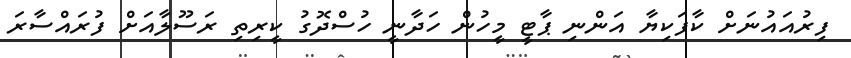
ފިރުއައުނަށް ކާފަކިޔާ އަންނި ޕާޓީ މީހުން ހަދާނީ ހުސްދޮގު ކީރިތި ރަސޫލާއަށް ފުރައްސާރަ